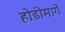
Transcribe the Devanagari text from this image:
होडीमार्गे